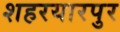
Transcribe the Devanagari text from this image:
शहरयारपुर